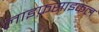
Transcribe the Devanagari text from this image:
लाइफ़साइकल